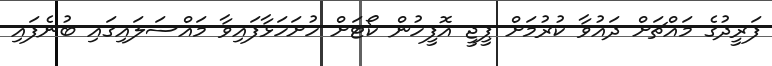
ފަރީދުގެ މައްޗަށް ދައުވާ ކުރުމަށް ޕީޖީ އޮފީހުން ކޯޓަށް ހުށަހަޅާފައިވާ މައްސަލައިގައި ބުނެފައި